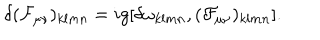
\delta ( { \cal F } _ { \mu \nu } ) _ { k l m n } = i g [ \delta \omega _ { k l m n } , ( { \cal F } _ { \mu \nu } ) _ { k l m n } ] .